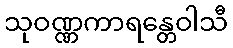
သုဝဏ္ဏကာရန္တေဝါသီ